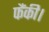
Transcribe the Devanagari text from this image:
फैंकी।